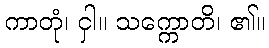
ကာတုံ၊ ငှါ။ သက္ကောတိ၊ ၏။